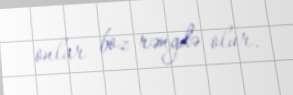
onlar boz rəngdə olur.